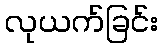
လုယက်ခြင်း